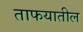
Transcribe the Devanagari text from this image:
ताफयातील